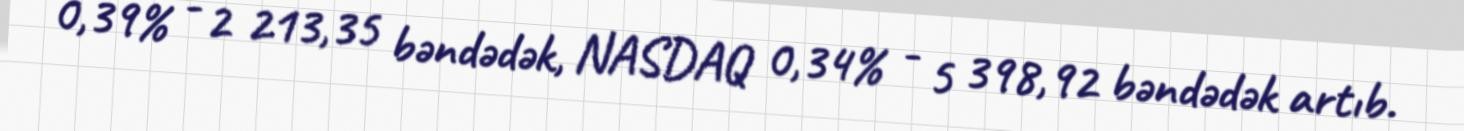
0,39% - 2 213,35 bəndədək, NASDAQ 0,34% - 5 398,92 bəndədək artıb.